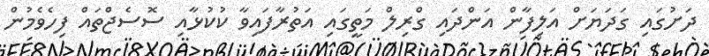
ދަށުގައި ގަދަޔަށް އަލިފާން އަންދައި ގްރިލް މަތީގައި އަތުރާފައިވާ ކުކުޅާއި ސޮސެޖްތައް ފިހެވެމުން